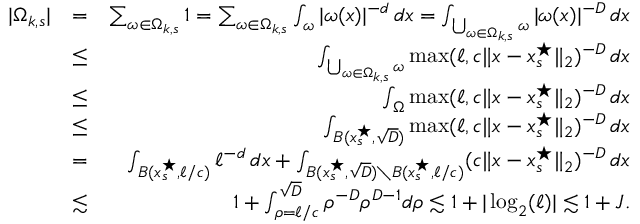
\begin{array} { r l r } { | \Omega _ { k , s } | } & { = } & { \sum _ { \omega \in \Omega _ { k , s } } 1 = \sum _ { \omega \in \Omega _ { k , s } } \int _ { \omega } | \omega ( x ) | ^ { - d } \, d x = \int _ { \bigcup _ { \omega \in \Omega _ { k , s } } \omega } | \omega ( x ) | ^ { - D } \, d x } \\ & { \leq } & { \int _ { \bigcup _ { \omega \in \Omega _ { k , s } } \omega } \operatorname* { m a x } ( \ell , c \| x - x _ { s } ^ { \star } \| _ { 2 } ) ^ { - D } \, d x } \\ & { \leq } & { \int _ { \Omega } \operatorname* { m a x } ( \ell , c \| x - x _ { s } ^ { \star } \| _ { 2 } ) ^ { - D } \, d x } \\ & { \leq } & { \int _ { B ( x _ { s } ^ { \star } , \sqrt { D } ) } \operatorname* { m a x } ( \ell , c \| x - x _ { s } ^ { \star } \| _ { 2 } ) ^ { - D } \, d x } \\ & { = } & { \int _ { B ( x _ { s } ^ { \star } , \ell / c ) } \ell ^ { - d } \, d x + \int _ { B ( x _ { s } ^ { \star } , \sqrt { D } ) \setminus B ( x _ { s } ^ { \star } , \ell / c ) } ( c \| x - x _ { s } ^ { \star } \| _ { 2 } ) ^ { - D } \, d x } \\ & { \lesssim } & { 1 + \int _ { \rho = \ell / c } ^ { \sqrt { D } } \rho ^ { - D } \rho ^ { D - 1 } d \rho \lesssim 1 + | \log _ { 2 } ( \ell ) | \lesssim 1 + J . } \end{array}